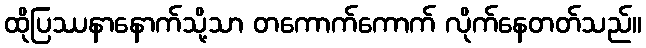
ထိုပြဿနာနောက်သို့သာ တကောက်ကောက် လိုက်နေတတ်သည်။